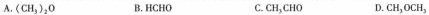
A.(CH_{3})_{2}O B.HCHO C.CH_3}CHO D.CH_{3}OCH_{3}